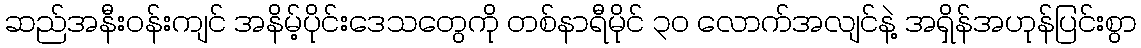
ဆည်အနီးဝန်းကျင် အနိမ့်ပိုင်းဒေသတွေကို တစ်နာရီမိုင် ၃၀ လောက်အလျင်နဲ့ အရှိန်အဟုန်ပြင်းစွာ